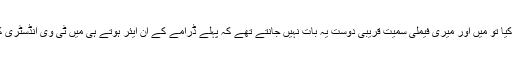
سال 2011ء میں فنی سفر شروع کیا تو میں اور میری فیملی سمیت قریبی دوست یہ بات نہیں جانتے تھے کہ پہلے ڈرامے کے آن ایئر ہوتے ہی میں ٹی وی انڈسٹری کا ایک مضبوط حصہ بن جاؤں گی۔